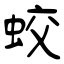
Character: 蛟